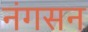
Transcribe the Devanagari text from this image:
नंगसन